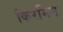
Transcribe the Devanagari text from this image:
किरमिन